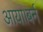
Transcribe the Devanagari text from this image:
आया।बर्न